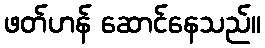
ဖတ်ဟန် ဆောင်နေသည်။